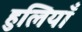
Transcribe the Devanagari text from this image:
हुलियाँ